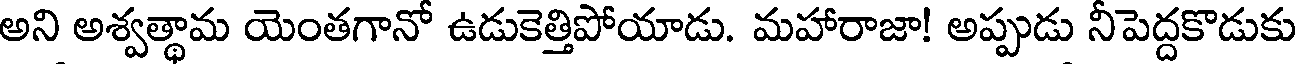
అని అశ్వత్థామ యెంతగానో ఉడుకెత్తిపోయాడు. మహారాజా! అప్పుడు నీపెద్దకొడుకు